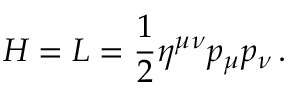
H = L = \frac { 1 } { 2 } \eta ^ { \mu \nu } p _ { \mu } p _ { \nu } \, .